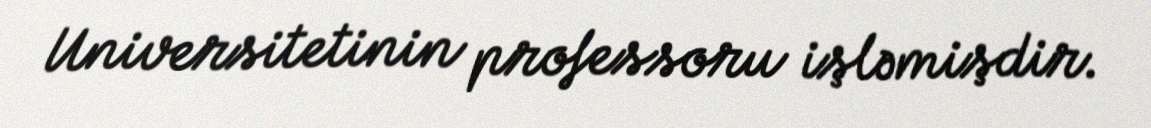
Universitetinin professoru işləmişdir.